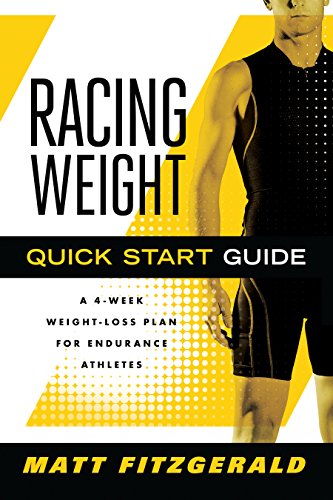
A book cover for Racing Weight Quick Start Guide: A 4-Week Weight-Loss Plan for Endurance Athletes (Racing Weight Series); Matt Fitzgerald CISSN; Sports & Outdoors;